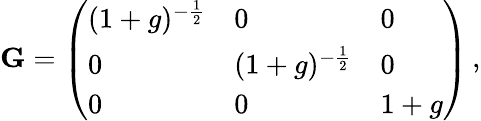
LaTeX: \mathbf{G}=\left(\begin{array}{lll}{(1+g)^{-\frac{1}{2}}}&{0}&{0}\\ {0}&{(1+g)^{-\frac{1}{2}}}&{0}\\ {0}&{0}&{1+g}\end{array}\right)\, ,